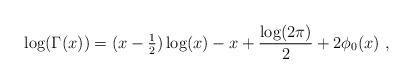
LaTeX: \begin{align*} \log (\Gamma(x)) = (x - \tfrac{1}{2}) \log(x) - x + \frac{\log(2\pi)}{2} + 2 \phi_0(x) ~, \end{align*}